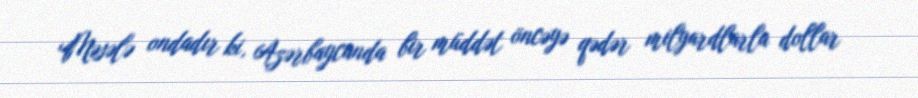
Məsələ ondadır ki, Azərbaycanda bir müddət öncəyə qədər milyardlarla dollar